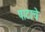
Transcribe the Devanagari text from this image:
पाटाचे